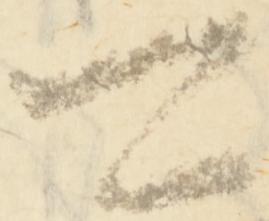
可